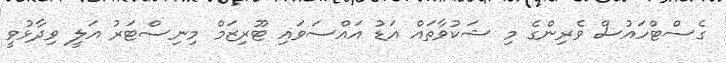
ގެސްޓްހައުސް ވެރިންގެ މި ޝަކުވާތައް އަޑު އައްސަވައި ޓޫރިޒަމް މިނިސްޓަރު އަލީ ވިދާޅުވީ